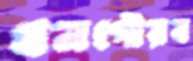
ধনগৌরব